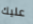
عليك